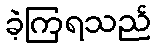
ခဲ့ကြရသည်